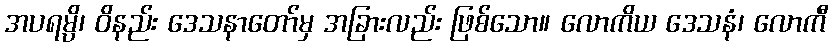
အပရမ္ပိ၊ ဝိနည်း ဒေသနာတော်မှ အခြားလည်း ဖြစ်သော။ လောကိယ ဒေသနံ၊ လောကီ